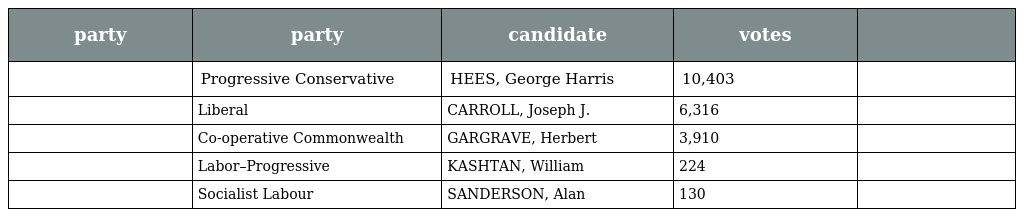
| party | party | candidate | votes |  |
 | --- | --- | --- | --- | --- |
 |  | Progressive Conservative | HEES, George Harris | 10,403 |  |
 |  | Liberal | CARROLL, Joseph J. | 6,316 |  |
 |  | Co-operative Commonwealth | GARGRAVE, Herbert | 3,910 |  |
 |  | Labor–Progressive | KASHTAN, William | 224 |  |
 |  | Socialist Labour | SANDERSON, Alan | 130 |  |